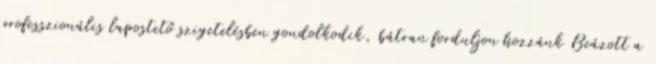
professzionális lapostető szigetelésben gondolkodik, bátran forduljon hozzánk Beázott a